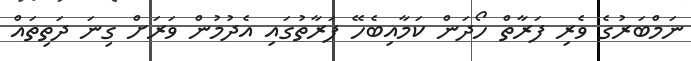
ނަމްބަރުގެ ވެރި ފަރާތް ހޯދަން ކަމާއިބެހޭ ފަރާތުގައި އެދުމުން ވަރަށް ގިނަ ދަތިތައް